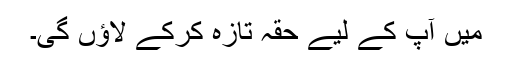
میں آپ کے لیے حقہ تازہ کرکے لاؤں گی۔